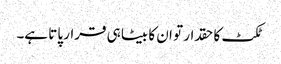
ٹکٹ کا حقدار تو ان کا بیٹا ہی قرار پاتا ہے۔